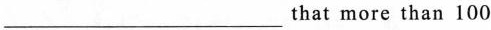
___ that more than 100